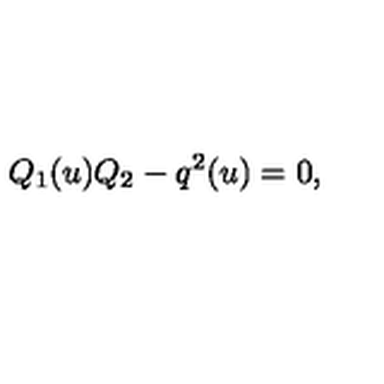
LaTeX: Q _ { 1 } ( u ) Q _ { 2 } - q ^ { 2 } ( u ) = 0 ,